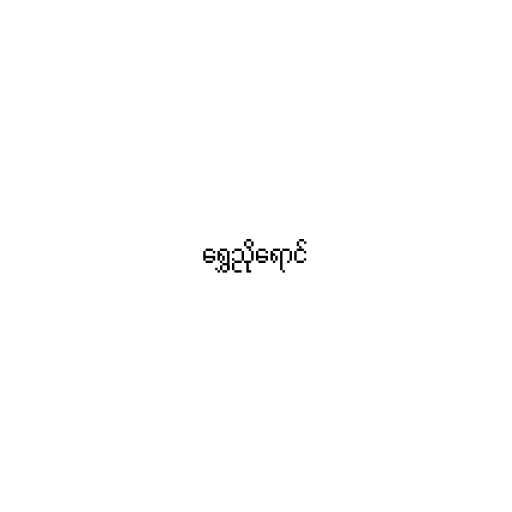
ရွှေညိုရောင်